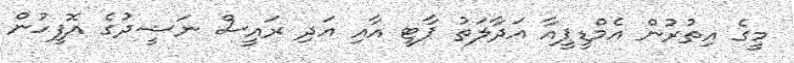
މީގެ އިތުރުން އެމްޑީޕީއާ އަދާލަތު ޕާޓީ އާއި އަދި ރައީސް ނަޝީދުގެ އޮފީހުން